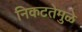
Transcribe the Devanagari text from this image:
निकटतेमुळे